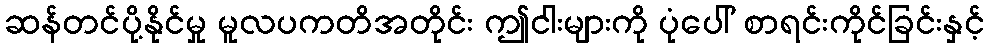
ဆန်တင်ပို့နိုင်မှု မူလပကတိအတိုင်း ဤငါးများကို ပုံပေါ် စာရင်းကိုင်ခြင်းနှင့်